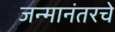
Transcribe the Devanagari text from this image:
जन्मानंतरचे